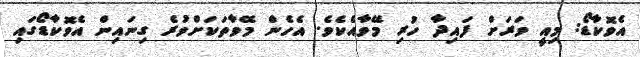
އެވޮކާޑޯ: މިއީ ވަރަށް ފައިދާ ހުރި މޭވާއެކެވެ. އެހެން މޭވާތަކަށްވުރެ ގިނައިން އެވޮކާޑޯގައި